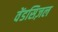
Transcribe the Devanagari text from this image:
वेंडसिज़ल